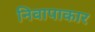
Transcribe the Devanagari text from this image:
निवापाकार